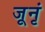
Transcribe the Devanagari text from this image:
जूनृं